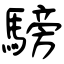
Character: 騯